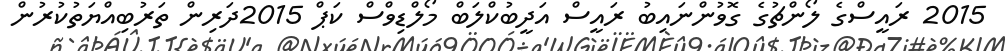
2015 ރައީސްގެ ލޯންޗުގެ ގޮވުންނައިބު ރައީސް އަދީބުކްލަބް މޯލްޑިވްސް ކަޕް 2015ދަރިން ތަރުބިއްޔަތުކުރުން